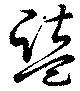
盬